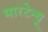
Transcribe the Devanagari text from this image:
मारटेन्यू